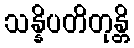
သန္နိပတိတုန္တိ